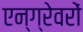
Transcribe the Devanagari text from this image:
एन्ग्रेवरों